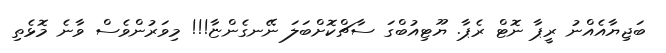
ބަޖިޔާއެއްނު ރީޕާ ނޮޓް ރެޕާ. ޔޫޓިއުބްގަ ސާޗްކޮށްބަލަ ނޭނގެންޏާ!!! މިވަރުންވެސް ވާނެ މޮޅެތި